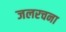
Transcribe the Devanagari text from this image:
जलरचना